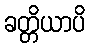
ခတ္တိယာပိ